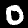
Label: 0